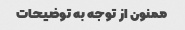
ممنون از توجه به توضیحات